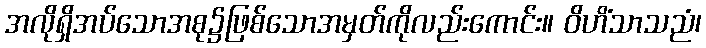
အလိုရှိအပ်သောအစု၌ဖြစ်သောအမှတ်ကိုလည်းကောင်း။ ဝိဟိံသာသညံ၊